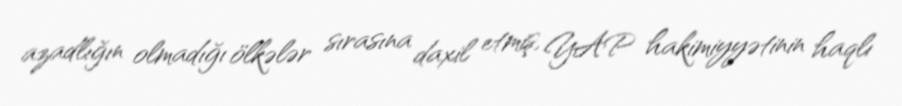
azadlığın olmadığı ölkələr sırasına daxil etmiş, YAP hakimiyyətinin haqlı